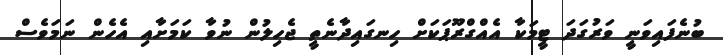
ބުނެފައިވަނީ ވަރުގަދަ ޓީމަކާ އެއްގްރޫޕަކަށް ހިނގައިދާނެތީ ޖެހިލުން ނުވާ ކަމަށާއި އެހެން ނަމަވެސް